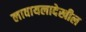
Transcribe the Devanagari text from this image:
लावायलादेखील